Indian journal of veterinary science and animal husbandry - Volume 2,
Year: 1932
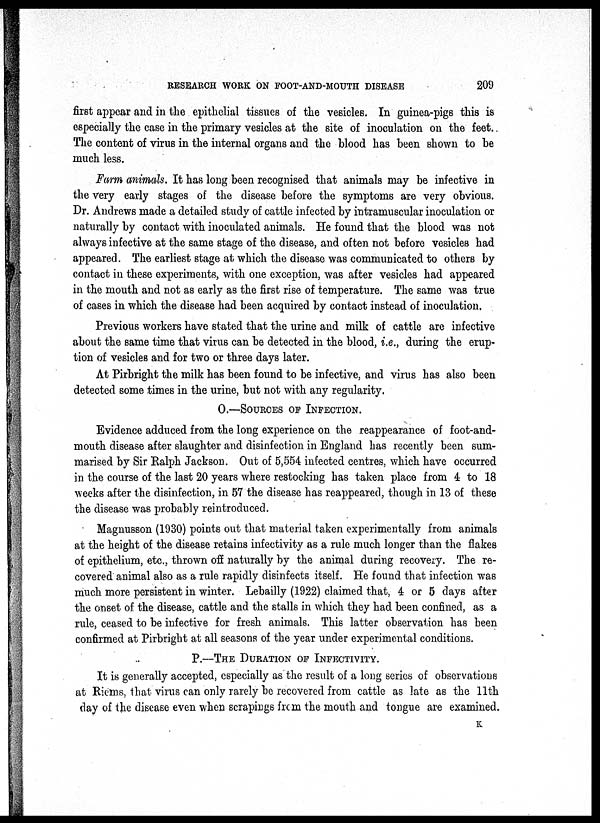
RESEARCH WORK ON FOOT-AND-MOUTH DISEASE
209
first appear and in the epithelial tissues of the vesicles. In guinea-pigs this is
especially the case in the primary vesicles at the site of inoculation on the feet.
The content of virus in the internal organs and the blood has been shown to be
much less.
Farm animals. It has long been recognised that animals may be infective in
the very early stages of the disease before the symptoms are very obvious.
Dr. Andrews made a detailed study of cattle infected by intramuscular inoculation or
naturally by contact with inoculated animals. He found that the blood was not
always infective at the same stage of the disease, and often not before vesicles had
appeared. The earliest stage at which the disease was communicated to others by
contact in these experiments, with one exception, was after vesicles had appeared
in the mouth and not as early as the first rise of temperature. The same was true
of cases in which the disease had been acquired by contact instead of inoculation.
Previous workers have stated that the urine and milk of cattle are infective
about the same time that virus can be detected in the blood, i.e., during the erup-
tion of vesicles and for two or three days later.
At Pirbright the milk has been found to be infective, and virus has also been
detected some times in the urine, but not with any regularity.
O.—SOURCES OF INFECTION.
Evidence adduced from the long experience on the reappearance of foot-and-
mouth disease after slaughter and disinfection in England has recently been sum-
marised by Sir Ralph Jackson. Out of 5,554 infected centres, which have occurred
in the course of the last 20 years where restocking has taken place from 4 to 18
weeks after the disinfection, in 57 the disease has reappeared, though in 13 of these
the disease was probably reintroduced.
Magnusson (1930) points out that material taken experimentally from animals
at the height of the disease retains infectivity as a rule much longer than the flakes
of epithelium, etc., thrown off naturally by the animal during recovery. The re-
covered animal also as a rule rapidly disinfects itself. He found that infection was
much more persistent in winter. Lebailly (1922) claimed that, 4 or 5 days after
the onset of the disease, cattle and the stalls in which they had been confined, as a
rule, ceased to be infective for fresh animals. This latter observation has been
confirmed at Pirbright at all seasons of the year under experimental conditions.
P.—THE DURATION OF INFECTIVITY.
It is generally accepted, especially as the result of a long series of observations
at Riems, that virus can only rarely be recovered from cattle as late as the 11th
day of the disease even when scrapings from the mouth and tongue are examined.
K